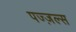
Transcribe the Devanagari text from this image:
पज्ज़ल्स